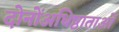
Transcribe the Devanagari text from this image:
दोनोंअधिष्ठाताओं